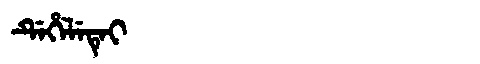
Manchu: ᡩᡝᡥᡝᠯᡝᡨᡝᡳ
Romanization: DEHELETEI